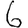
Digit: 6